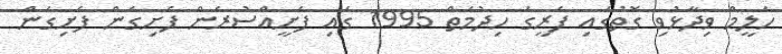
ހަލީމް ވިދާޅުވި ގޮތުގައި ފެރީގެ ހިދުމަތް 1995 ގައި ފެށީއްސުރެން ފެށިގެން ފެށިގެން